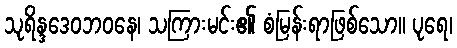
သုရိန္ဒဒေဝဘဝနေ၊ သကြားမင်း၏ စံမြန်းရာဖြစ်သော။ ပုရေ၊